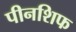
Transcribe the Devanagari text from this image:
पीनशिफ